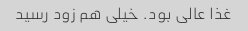
غذا عالی بود. خیلی هم زود رسید